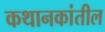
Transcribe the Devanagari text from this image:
कथानकांतील